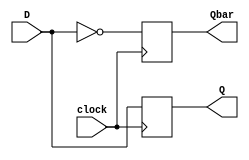
//A sequential logic example

module dff_negedge (D, clock, Q, Qbar);

   input D, clock;
   output reg Q, Qbar;
   
   always @ (negedge clock)
    begin
      Q = D;
      Qbar = ~D;
    end

endmodule